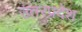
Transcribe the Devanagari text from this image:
उतरप्रदेश